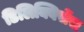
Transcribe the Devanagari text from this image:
डिलिक्विसेंस